Lunatic asylums Bombay report 1878-1890 - 1878-1890
Year: 1878
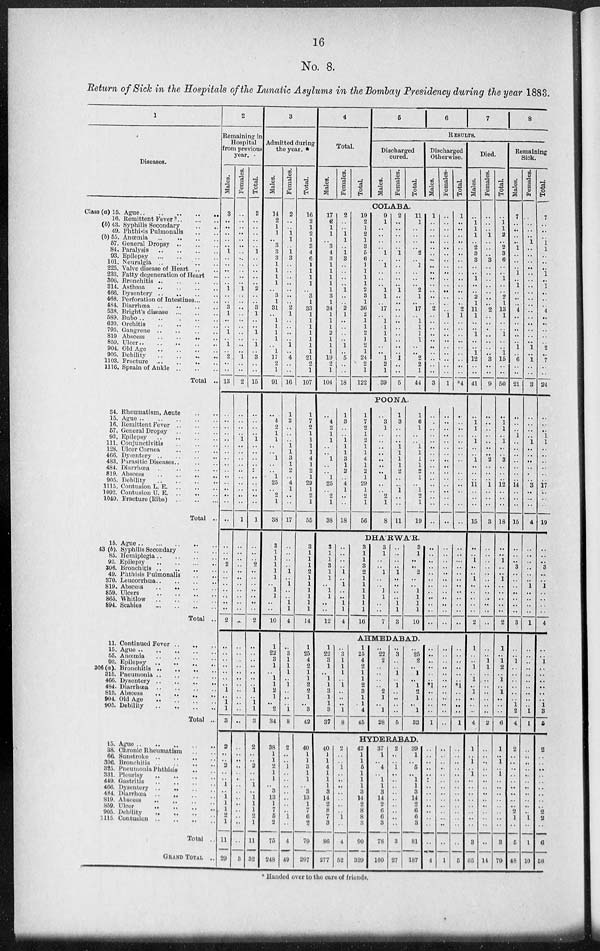
16
No. 8.
Return of Sick in the Hospitals of the Lunatic Asylums in the Bombay Presidency during the year 1883.
1
Diseases.
Class (a) 15. Ague
..
..
..
..
..
16. Remittent Fever
..
..
..
(b) 43. Syphilis Secondary .. ..
49.Phthisis Pulmonalis .. ..
(b)55. Anœmia
..
..
..
..
57.General Dropsy .. .. ..
84. Paralysis
..
..
..
..
93. Epilepsy
..
..
..
..
101.Neuralgia .. .. .. ..
225. Valve disease of Heart .. ..
233. Fatty degeneration of Heart ..
306. Bronchitis
..
..
..
..
314.Asthama .. .. .. ..
466.Dysentery .. .. .. ..
468.Perforation of Intestines .. ..
484. Diarrhœa
..
..
..
..
538. Bright's disease
..
..
..
589. Bubo .. .. .. .. ..
620. Orchitis .. .. .. ..
795. Gangrene .. .. .. ..
819 Abscess .. .. .. ..
859. Ulcer
..
..
..
..
..
904. Old Age .. .. .. ..
905. Debility
..
..
..
..
1103. Fracture .. .. .. ..
1116. Sprain of Ankle .. .. ..
Total ..
34. Rheumatism, Acute .. ..
15. Ague
..
..
..
..
..
16. Remittent Fever
..
..
..
57. General Dropsy
..
..
..
93. Epilepsy
..
..
..
..
111. Conjunctivitis .. .. ..
128. Ulcer Cornea .. .. ..
466. Dysentery .. .. ..
483. Parasitic Diseases . . . . ..
484. Diarrhœa
..
..
..
..
819. Abscess
..
..
..
..
905. Debility
..
..
..
..
1115. Contusion L. E .. .. .. ..
1092. Contusion U. E .. .. .. ..
1049. Fracture (Ribs) .. .. .. ..
Total ..
15. Ague .. .. .. .. ..
43 (b). Syphilis Secondary .. ..
85. Hemiplegia
..
..
..
..
93. Epilepsy
..
..
..
..
306. Bronchitis
..
..
..
..
49. Phthisis Pulmonalis .. ..
370. Leucorrhœa
..
..
..
..
819. Abscess .. .. .. ..
859. Ulcers .. .. .. ..
865. Whitlow
..
..
..
..
894. Scabies
..
..
..
..
Total ..
11. Continued Fever .. .. ..
15.Ague .. .. .. .. .. ..
55. Anœmia .. .. .. .. .. ..
93. Epilepsy .. .. .. ..
306.(a). Bronchitis .. .. .. ..
315. Pneumonia .. .. .. ..
466. Dysentery
..
..
..
..
484. Diarrhœa .. .. .. ..
819. Abscess .. .. .. ..
904. Old Age .. .. .. ..
905. Debility
..
..
..
..
Total ..
15. Ague
..
..
..
..
38. Chronic Rheumatism .. ..
66. Sunstroke .. .. .. ..
306. Bronehitis .. .. .. ..
325. Pneumonia Phthisis .. .. .. ..
331. Pleurisy .. .. .. ..
449. Gastritis .. .. .. ..
466. Dysentery .. .. .. ..
484. Diarrhœa .. .. .. ..
819. Abscess .. .. .. ..
859. Ulcer
..
..
..
..
905. Debility .. .. .. ..
1115. Contusion
..
..
..
..
Total ..
GRAND TOTAL ..
2
Remaining in
Hospital
from previous
year.
Males.
3
..
..
.. ..
..
1
..
.. ..
..
.. 1
..
.. 3
1
..
.. 1
.. 1
.. 2
..
..
13
..
..
..
..
..
..
..
..
..
..
..
.. ..
..
..
..
..
..
.. 2
..
..
..
..
..
..
..
2
..
..
..
..
..
..
.. 1
.. 1
1
3
2
..
.. 2
..
.. 1
..
1
1
1
2
1
11
29
Females.
..
..
..
.. ..
..
..
..
.. ..
..
.. 1
..
..
..
..
..
..
..
.. ..
.. 1
..
..
2
..
..
..
.. 1
..
..
..
..
..
..
.. ..
..
..
1
..
..
..
..
..
..
..
..
..
..
..
..
..
..
..
..
..
..
..
..
..
..
..
..
..
..
..
..
..
..
.. ..
..
..
..
..
..
..
3
Total.
3
..
..
.. ..
..
1
..
.. ..
..
.. 2
..
.. 3
1
..
.. 1
.. 1
.. 3
..
..
15
..
..
..
.. 1
..
..
..
..
..
..
.. ..
..
..
1
..
..
.. 2
..
..
..
..
..
..
..
2
..
..
..
..
..
..
.. 1
..
..
1
3
2
..
.. 2
..
.. 1
..
1
1
..
2 1
11
32
3
Admitted during
the year.
Males.
14
2
1
1
.. 3
3
3
1
1
1
1
.. 3
1
31
.. 1
1
1
1
..
1
17
2
1
91
..
4
2
1
1
..
.. 1
..
.. 1
25
..
2
1
38
3
1
1
1
1
1
.. 1
1
..
..
10
1
22
3
1
..
1
1
2
1
..
2
34
38
1
1
2
1 1
.. 3
13
1
7
5
2
75
248
Females.
2
..
.. 1
1
..
1
3
.. ..
..
..
..
..
.. 2
1
..
..
..
.. 1
.. 4
..
..
16
1
3
..
..
.. 1
1
3
1
2
.. 4
1
..
..
17
..
..
..
.. 1
.. 1
..
.. 1
1
4
..
3
1
1
1
..
1
..
..
..
1
8
2
..
.. 1
..
..
.. ..
..
..
..
1
..
4
49
Total.
16
2
1
2
1
3
4
6
1
1
1
1
.. 3
1
33
1
1
1
1
1
1
1
21
2
1
107
1
7
2
1
1
1
1
4
1
2
1
29
1
2
1
55
3
1
1
.. 2
1
1
1
1
1
1
14
1
25
4
2
1
1
2
2
1
..
3
42
40
1
1
3
1 1
.. 3
13
1
7
6
2
79
297
4
Total.
Males.
Females.
Total.
5
6
7
8
RESULTS.
Discharged
cured.
Males.
Females.
Total.
Discharged
Otherwise.
Males.
Females.
Total.
COLABA.
17
2
1
1
.. 3
4
3
1
1
1
1
1
3
1
34
1
1
1
2
1
1
1
19
2
1
104
2
..
.. 1
1
..
1
3
.. ..
..
.. 1
..
.. 2
1
..
..
..
.. 1
.. 5
..
..
18
19
2
1
2
1
3
5
6
1
1
1
1
2
3
1
36
2
1
1
2
1
2
1
24
2
1
122
9
1
..
.. ..
..
1
.. 1
..
..
.. 1
1
.. 17
.. 1
1
1
1
..
.. 1
2
1
39
2
..
..
.. ..
..
1
..
.. ..
..
.. 1
..
..
..
..
..
..
..
.. ..
..
1
..
..
5
11
1
..
.. ..
.. 2
.. 1
..
..
.. 2
1
.. 17
.. 1
1
1
1
..
.. 2
2
1
44
1
..
..
.. ..
..
..
..
.. ..
..
..
..
..
.. 2
..
..
..
..
.. ..
..
..
..
..
3
..
..
..
.. ..
..
..
..
.. ..
..
..
..
..
..
..
1
..
..
..
.. ..
..
..
..
..
1
1
..
..
.. ..
..
..
..
.. ..
..
..
..
..
.. 2
1
..
..
..
.. ..
..
..
..
..
*4
POONA.
..
4
2
1
1
..
.. 1
..
.. 1
25
..
2
1
38
1
3
..
.. 1
1
1
3 1
2
.. 4
1
..
..
18
1
7
2
1
2
1
1
4
1
2
1
29
1
2
1
56
..
3
1
..
..
..
..
..
..
.. 1
.. ..
2
1
8
1
3
..
..
.. 1
1
1
1
2
..
.. 1
..
..
11
1
6
1
..
.. 1
1
1
1
2
1
.. 1
2
1
19
..
..
..
..
..
..
..
..
..
..
..
.. ..
..
..
..
..
..
..
..
..
..
..
..
..
..
..
.. ..
..
..
..
..
..
..
..
..
..
..
..
..
..
..
.. ..
..
..
..
DHÁBWÁR.
3
1
1
.. 1
1
.. 1
1
..
..
12
..
..
..
.. 1
.. 1
..
.. 1
1
4
3
1
1
.. 2
1
1
1
1
1
1
16
3
1
..
.. 1
..
.. 1
1
..
..
7
..
..
..
.. 1
..
..
..
.. 1
1
3
3
1
..
.. 2
..
.. 1
1
1
1
10
..
..
..
..
..
..
..
..
..
..
..
..
..
..
..
..
..
..
..
..
..
..
..
..
..
..
..
..
..
..
..
..
..
..
..
..
AHMEDABAD.
1
22
3
1
..
1
1
3
1
..
3
37
..
3
1
1
1
.. 1
..
..
..
1
8
1
25
4
2
1
1
2
3
1
..
4
45
..
22
2
..
..
..
.. 2
1
..
l
28
..
3
..
.. 1
.. 1
..
..
..
..
5
.. 25
2
.. 1
.. 1
2
1
..
1
33
..
..
..
..
..
.. *1
..
..
..
..
1
..
..
..
..
..
..
..
..
..
..
..
..
..
..
..
..
..
.. *1
..
..
..
..
1
HYDERABAD.
40
1 1
4
1
1
1 3
14
2
8
7
3
86
277
2
..
.. 1
..
..
.. ..
..
..
..
1
..
4
52
42
1
1
5
1 1
1
3
14
2
8
8
3
90
329
37
1
.. 4
.. 1
1
3
14
2
6
6
3
78
160
2
..
.. ..
..
..
.. ..
..
..
..
.. ..
3
27
39
1
.. 5
.. 1
1
3
14
2
6
6
3
81
187
..
..
..
..
.. ..
.. ..
..
..
..
..
..
..
4
..
..
..
..
..
..
.. ..
..
..
..
..
..
..
1
..
..
..
..
..
..
.. ..
..
..
..
..
..
..
5
Died.
Males.
.. 1
1
1
.. 2
3
3
.. .. 1
..
.. 2 1
11
1
..
.. 1
.. .. 1
12
..
..
41
..
1
1
.. 1
..
.. 1
..
..
.. 11
..
..
..
15
..
.. 1
..
.. 1
..
..
..
..
..
2
1
..
.. 1
..
1
.. 1
..
..
..
4
1
.. 1
..
..
1
.. ..
..
..
..
..
..
3
65
Females.
..
..
.. 1
..
..
..
3
.. ..
..
..
..
..
.. 2
..
..
..
..
.. ..
.. 3
..
..
9
..
..
..
..
.. ..
.. 2
..
..
.. 1
..
..
..
3
..
..
..
..
..
..
..
..
.. ..
..
..
.. .. 1
1
..
..
..
..
..
..
..
2
..
..
..
..
..
..
.. ..
..
..
..
.. ..
..
14
Total.
.. 1
1
2
.. 2
3
6
.. .. 1
..
.. 2
1
13
1
..
.. 1
.. .. 1
15
..
..
50
..
1
1
.. 1
..
.. 3
..
..
.. 12
..
..
..
18
..
.. 1
..
.. 1
..
..
..
..
..
2
1
.. 1
2
.. 1
.. 1
..
..
..
6
1
.. 1
..
..
1
.. ..
..
..
..
..
..
3
79
Remaining
Sick.
Males.
7
..
..
.. .. 1
..
..
.. 1
.. 1
..
..
.. 4
..
..
..
..
.. 1
..
6
..
..
21
..
..
.. 1
..
..
..
..
..
..
.. 14
..
..
..
15
..
..
.. 3
..
..
..
..
..
..
..
3
..
.. 1
..
..
..
..
..
.. 1
2
4
2
..
..
..
..
..
.. ..
..
.. 2
1
..
5
48
Females.
..
..
..
.. 1
..
..
..
.. ..
..
..
..
..
..
..
..
..
..
..
.. 1
.. 1
..
..
3
..
..
..
.. 1
..
..
..
..
..
.. 3
..
..
..
4
..
..
..
..
..
.. 1
..
..
..
..
1
..
..
..
..
..
..
..
..
..
..
1
1
..
..
..
..
..
..
.. ..
..
..
.. 1
..
1
10
Total.
7
..
..
.. 1
..
..
..
.. 1
.. 1
..
..
..
4
..
..
..
..
.. 2
.. 7
..
..
24
..
..
.. 1
1
..
..
..
..
..
.. 17
..
..
..
19
..
..
.. 3
..
.. 1
..
..
..
..
4
..
.. 1
..
..
..
..
..
.. 1
3
6
2
..
..
..
..
..
.. ..
..
.. 2
2
..
6
58
* Handed over to the cure of friends.